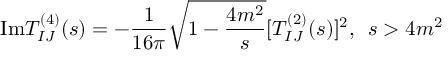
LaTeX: \mathrm { I m } T _ { I J } ^ { ( 4 ) } ( s ) = - { \frac { 1 } { 1 6 \pi } } \sqrt { 1 - { \frac { 4 m ^ { 2 } } { s } } } [ T _ { I J } ^ { ( 2 ) } ( s ) ] ^ { 2 } , \, \, \, s > 4 m ^ { 2 }